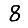
Digit: 8